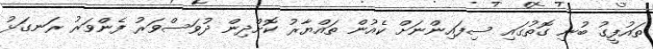
ތައުފީގު ބުނި ގޮތުގައި ސިފައިންނަށް ކެއުން ތައްޔާރު ކޮށްދިން ދުވަސްވަރު ފެންވަރު ރަނގަޅު